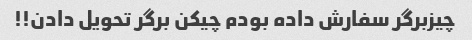
چیزبرگر سفارش داده بودم چیکن برگر تحویل دادن!!